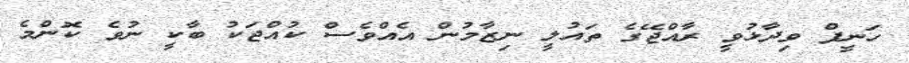
ހަނީފް ވިދާޅުވީ ރާއްޖޭގެ ތައުލީ ނިޒާމުން އެއްވެސް ކުއްޖަކު ބާކީ ނުވެ ކޮންމެ